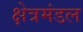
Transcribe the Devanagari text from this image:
क्षेत्रमंडल